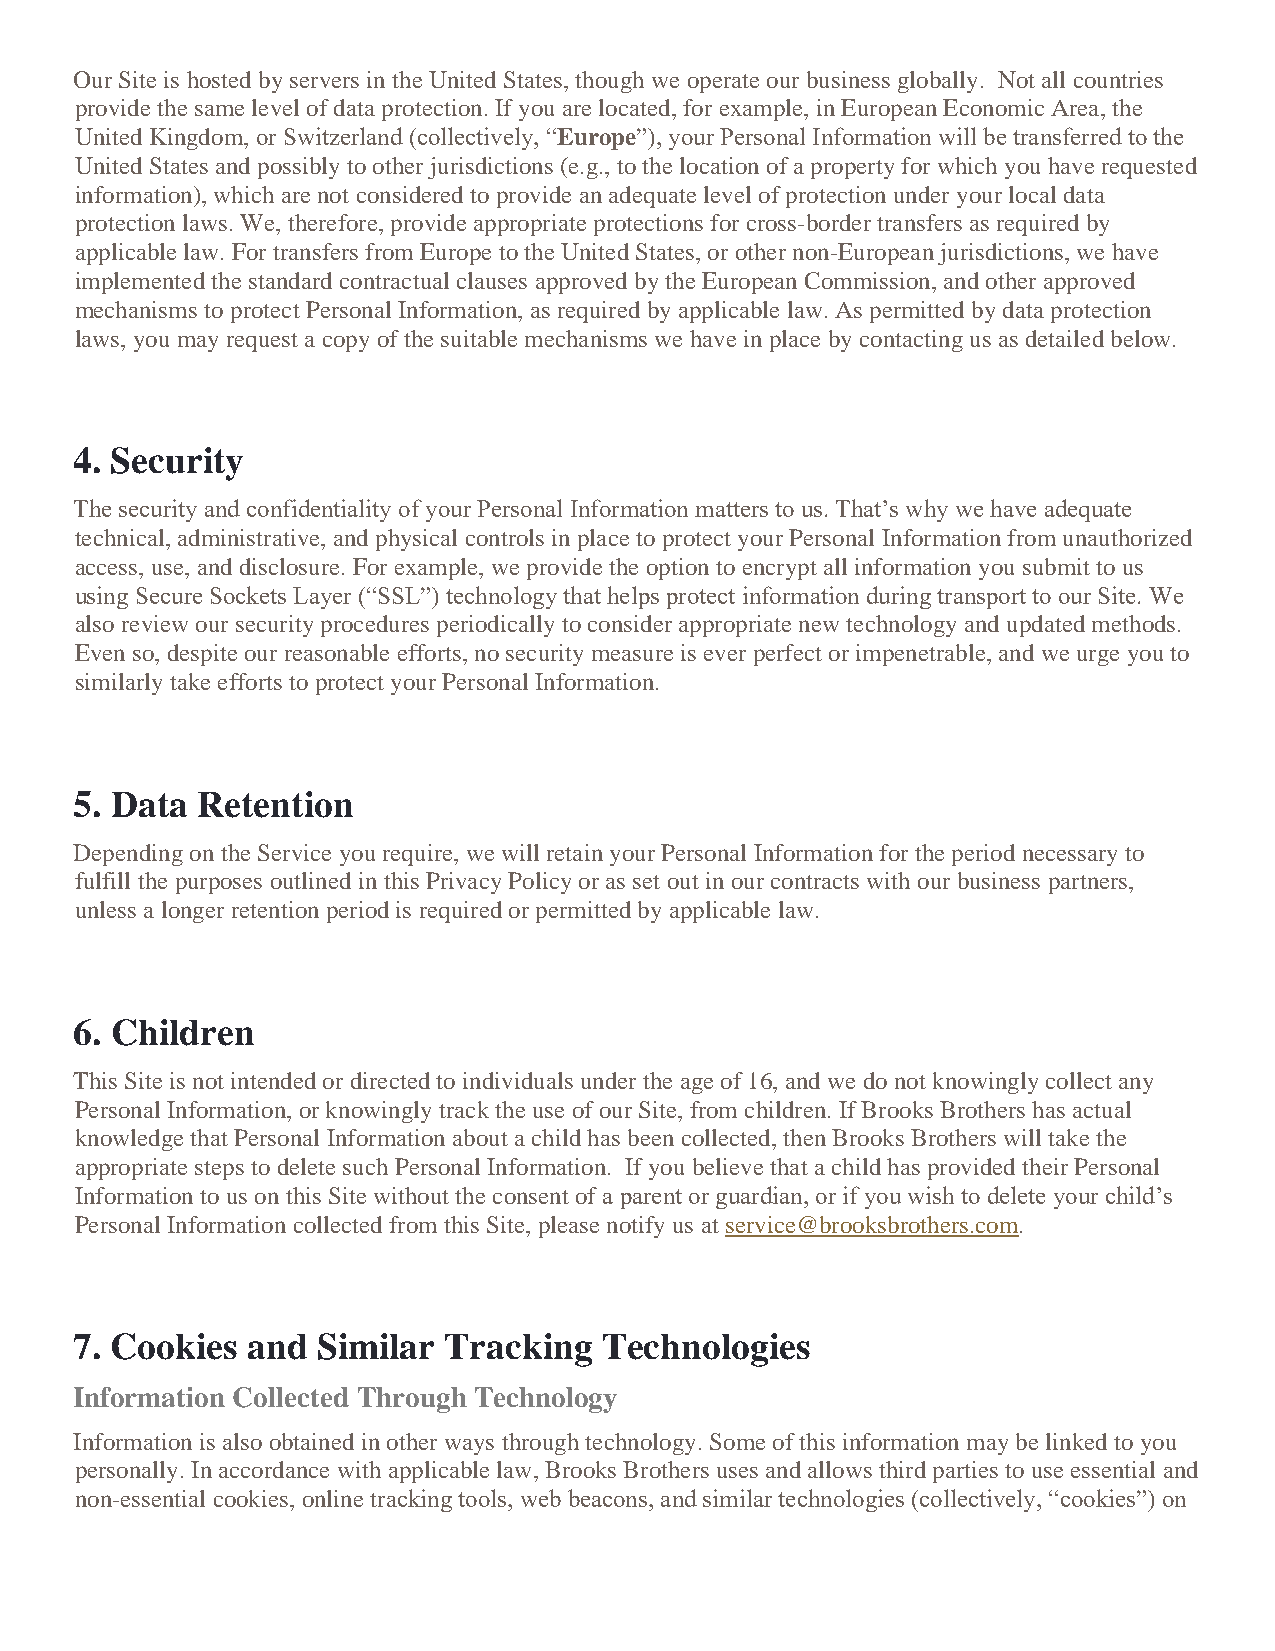
Our Site is hosted by servers in the United States, though we operate our business globally. Not all countries
 provide the same level of data protection. If you are located, for example, in European Economic Area, the
 United Kingdom, or Switzerland (collectively, “Europe”), your Personal Information will be transferred to the
 United States and possibly to other jurisdictions (e.g., to the location of a property for which you have requested
 information), which are not considered to provide an adequate level of protection under your local data
 protection laws. We, therefore, provide appropriate protections for cross-border transfers as required by
 applicable law. For transfers from Europe to the United States, or other non-European jurisdictions, we have
 implemented the standard contractual clauses approved by the European Commission, and other approved
 mechanisms to protect Personal Information, as required by applicable law. As permitted by data protection
 laws, you may request a copy of the suitable mechanisms we have in place by contacting us as detailed below.
 4. Security
 The security and confidentiality of your Personal Information matters to us. That’s why we have adequate
 technical, administrative, and physical controls in place to protect your Personal Information from unauthorized
 access, use, and disclosure. For example, we provide the option to encrypt all information you submit to us
 using Secure Sockets Layer (“SSL”) technology that helps protect information during transport to our Site. We
 also review our security procedures periodically to consider appropriate new technology and updated methods.
 Even so, despite our reasonable efforts, no security measure is ever perfect or impenetrable, and we urge you to
 similarly take efforts to protect your Personal Information.
 5. Data Retention
 Depending on the Service you require, we will retain your Personal Information for the period necessary to
 fulfill the purposes outlined in this Privacy Policy or as set out in our contracts with our business partners,
 unless a longer retention period is required or permitted by applicable law.
 6. Children
 This Site is not intended or directed to individuals under the age of 16, and we do not knowingly collect any
 Personal Information, or knowingly track the use of our Site, from children. If Brooks Brothers has actual
 knowledge that Personal Information about a child has been collected, then Brooks Brothers will take the
 appropriate steps to delete such Personal Information. If you believe that a child has provided their Personal
 Information to us on this Site without the consent of a parent or guardian, or if you wish to delete your child’s
 Personal Information collected from this Site, please notify us at service@brooksbrothers.com.
 7. Cookies and  Similar Tracking   Technologies
 Information Collected Through Technology
 Information is also obtained in other ways through technology. Some of this information may be linked to you
 personally. In accordance with applicable law, Brooks Brothers uses and allows third parties to use essential and
 non-essential cookies, online tracking tools, web beacons, and similar technologies (collectively, “cookies”) on